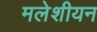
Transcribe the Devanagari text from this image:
मलेशीयन